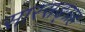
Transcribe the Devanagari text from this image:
सारसङ्ग्रह